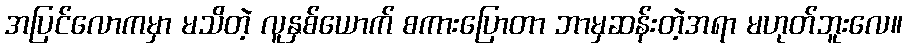
အပြင်လောကမှာ မသိတဲ့ လူနှစ်ယောက် စကားပြောတာ ဘာမှဆန်းတဲ့အရာ မဟုတ်ဘူးလေ။